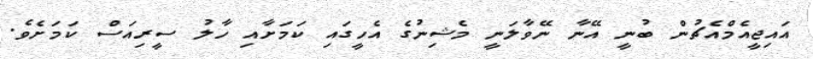
އައިޖީއެމްއެޗުން ބުނީ އޭނާ ނޭވާލަނީ މެޝިނުގެ އެހީގައި ކަމަށާއި ހާލު ސީރިއަސް ކަމަށެވެ.